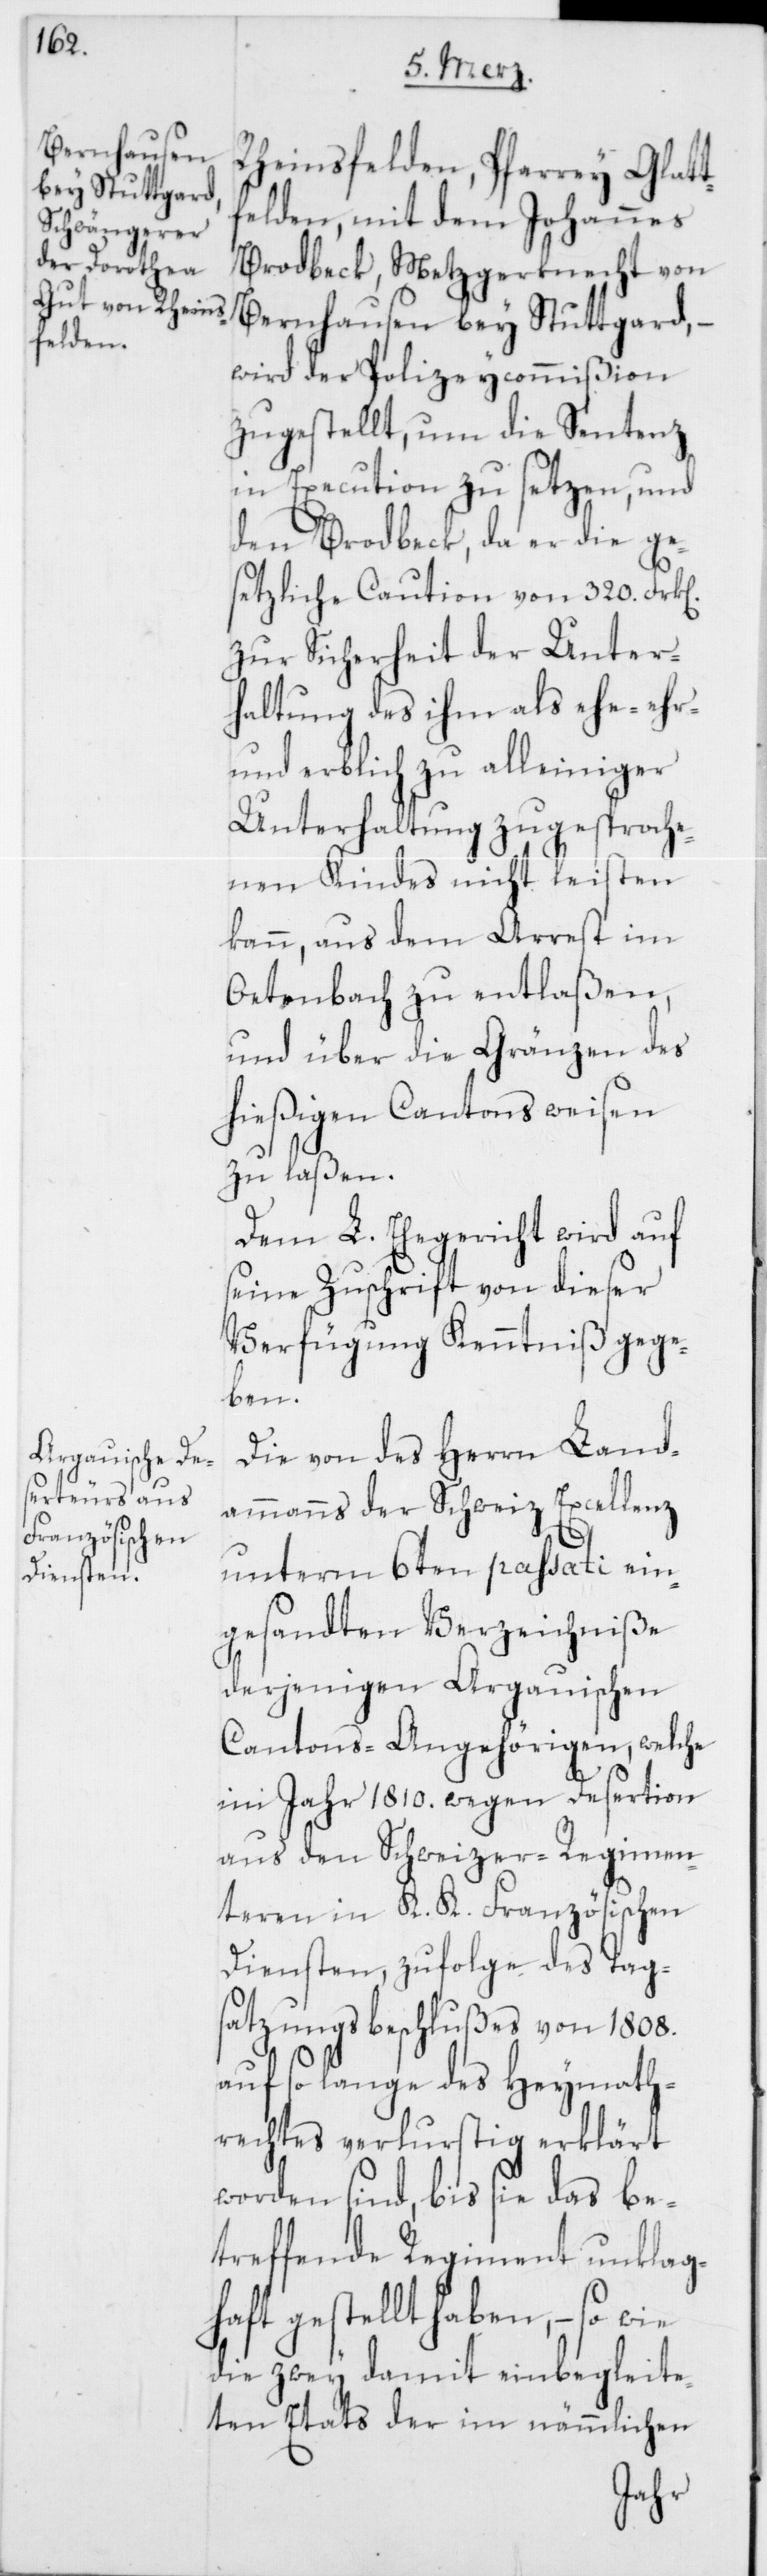
Rheinsfelden, Pfarrei Glatt¬
felden, mit dem Johannes
Brodbeck, Metzgerknecht von
Bernhausen bey Stuttgard, –
wird der Polizeycommißion
zugestellt, um die Sentenz
in Execution zu setzen, und
den Brodbeck, da er die ge¬
setzliche Caution von 320. Franken
zur Sicherheit der Unter¬
haltung des ihm als ehe-[,]
und erblich zu alleiniger
Unterhaltung zugesproche¬
nen Kindes nicht leisten
kann, aus dem Arrest im
Oetenbach zu entlaßen,
und über die Gränzen des
hießigen Cantons weisen
zu laßen.
Dem L. Ehegericht wird auf
seine Zuschrift von dieser
Verfügung Kenntniß gege¬
ben.
Die von des Herren Land¬
ammanns der Schweiz Excellenz
unterm 6ten passati ein¬
gesandten Verzeichniße
derjenigen Argauischen
Cantons-Angehörigen, welche
im Jahr 1810. wegen Desertion
aus den Schweizer-Regimen¬
teren in K. K. Französischen
Diensten, zufolge des Tag¬
satzungsbeschlußes von 1808.
auf so lange des Heymath¬
rechtes verlustig erklärt
worden sind, bis sie das be¬
treffende Regiment unklag¬
haft gestellt haben, – so wie
die zwey damit einbegleite¬
ten Etats der im nämmlichen